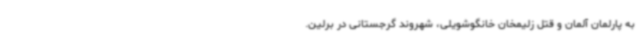
به پارلمان آلمان و قتل زلیمخان خانگوشویلی، شهروند گرجستانی در برلین.